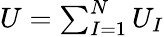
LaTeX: \begin{array}{r}{U=\sum_{I=1}^{N}U_{I}}\end{array}